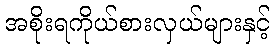
အစိုးရကိုယ်စားလှယ်များနှင့်